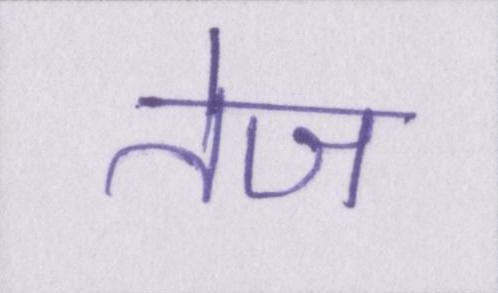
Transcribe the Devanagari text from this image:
तेज